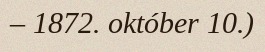
– 1872. október 10.)